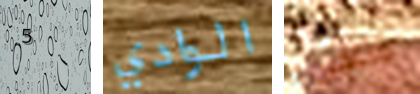
5 الوادي مزعجين